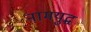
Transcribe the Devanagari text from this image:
नामयुद्ध